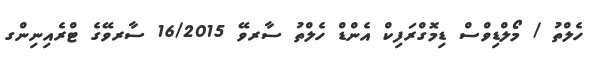
ހެލްތު / މޯލްޑިވްސް ޑިމޮގްރަފިކް އެންޑް ހެލްތު ސާރވޭ 16/2015 ސާރވޭގެ ޓްރެއިނިންގ